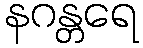
နဂန္တရေ